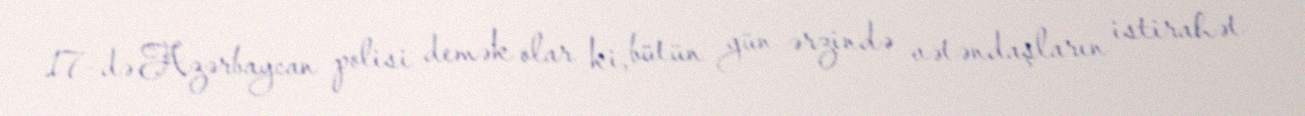
17-də Azərbaycan polisi demək olar ki, bütün gün ərzində vətəndaşların istirahət